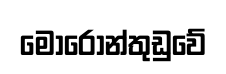
මොරොන්තුඩුවේ